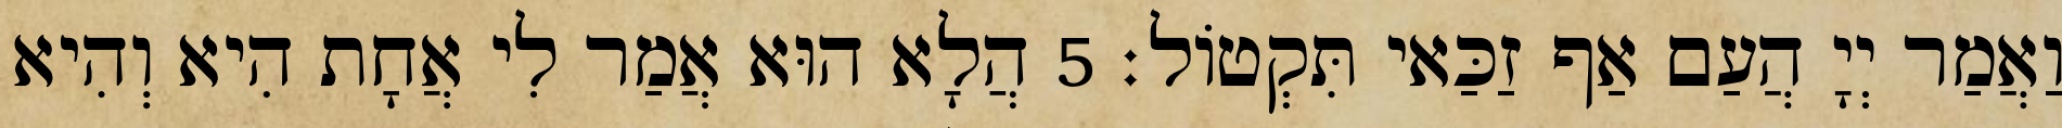
וַאֲמַר יְיָ הֲעַם אַף זַכַּאי תִּקְטוֹל׃ 5 הֲלָא הוּא אֲמַר לִי אֲחָת הִיא וְהִיא